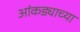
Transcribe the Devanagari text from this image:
आंकड्याच्या